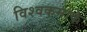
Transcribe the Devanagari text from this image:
विश्वकर्माके